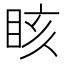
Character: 䀭